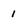
Character: 1